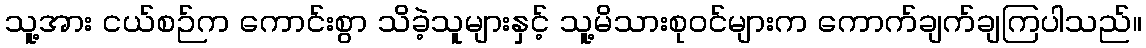
သူ့အား ငယ်စဉ်က ကောင်းစွာ သိခဲ့သူများနှင့် သူ့မိသားစုဝင်များက ကောက်ချက်ချကြပါသည်။